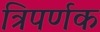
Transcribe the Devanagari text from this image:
त्रिपर्णक